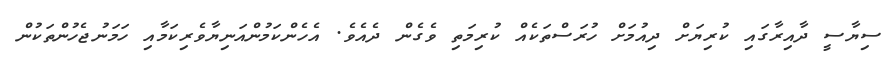
ސިޔާސީ ދާއިރާގައި ކުރިޔަށް ދިއުމަށް ހުރަސްތަކެއް ކުރިމަތި ވެގެން ދެއެވެ. އެހެންކަމުންއަނިޔާވެރިކަމާއި ހަމަނުޖެހުންތަކުން